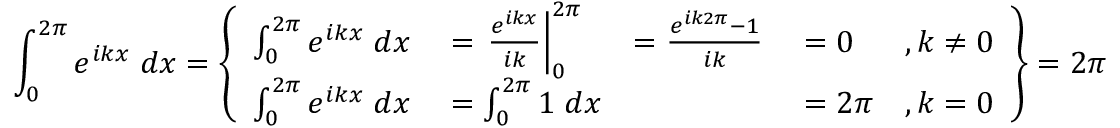
\int _ { 0 } ^ { 2 \pi } e ^ { i k x } \; d x = \left\{ \begin{array} { r l r l r } { \int _ { 0 } ^ { 2 \pi } e ^ { i k x } \; d x } & { { } = \left. \frac { e ^ { i k x } } { i k } \right| _ { 0 } ^ { 2 \pi } } & { = \frac { e ^ { i k 2 \pi } - 1 } { i k } } & { { } = 0 } & { , k \neq 0 } \\ { \int _ { 0 } ^ { 2 \pi } e ^ { i k x } \; d x } & { { } = \int _ { 0 } ^ { 2 \pi } 1 \; d x } & { } & { { } = 2 \pi } & { , k = 0 } \end{array} \right\} = 2 \pi \delta _ { k }